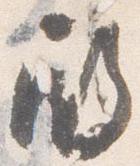
殿